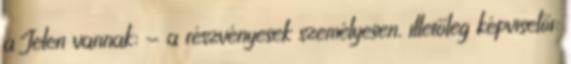
a Jelen vannak: - a részvényesek személyesen, illetőleg képviselői: